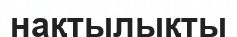
нақтылықты